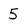
Character: 5